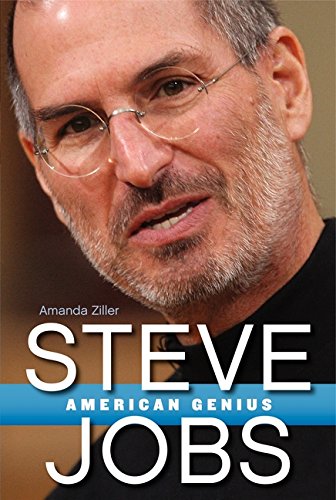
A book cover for Steve Jobs: American Genius; Amanda Ziller; Children's Books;